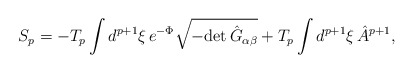
\begin{align*}S_p=-T_p\int d^{p+1}\xi\,e^{-\Phi}\sqrt{-{\rm det}\,\hat{G}_{\alpha\beta}}+T_p\int d^{p+1}\xi\,\hat{A}^{p+1},\end{align*}